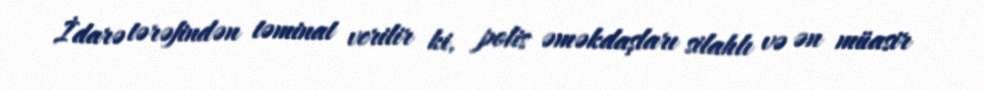
İdarə tərəfindən təminat verilir ki, polis əməkdaşları silahlı və ən müasir